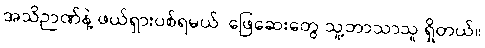
အသိဉာဏ်နဲ့ ဖယ်ရှားပစ်ရမယ်၊ ဖြေဆေးတွေ သူ့ဘာသာသူ ရှိတယ်။